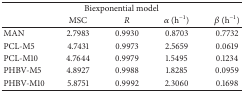
<table><thead><tr><td colspan="5"><b>Biexponential model</b></td></tr><tr><td><b> </b></td><td><b>MSC</b></td><td><b><i>R</i></b></td><td><b><i>α</i> (h<sup>−1</sup>)</b></td><td><b><i>β</i> (h<sup>−1</sup>)</b></td></tr></thead><tbody><tr><td>MAN</td><td>2.7983</td><td>0.9930</td><td>0.8703</td><td>0.7732</td></tr><tr><td>PCL-M5</td><td>4.7431</td><td>0.9973</td><td>2.5659</td><td>0.0619</td></tr><tr><td>PCL-M10</td><td>4.7644</td><td>0.9979</td><td>1.5495</td><td>0.1234</td></tr><tr><td>PHBV-M5</td><td>4.8927</td><td>0.9988</td><td>1.8285</td><td>0.0959</td></tr><tr><td>PHBV-M10</td><td>5.8751</td><td>0.9992</td><td>2.3060</td><td>0.1698</td></tr></tbody></table>